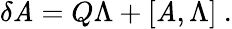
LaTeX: \delta\mathit{A}=Q\Lambda+[\mathit{A},\Lambda]\ .